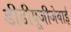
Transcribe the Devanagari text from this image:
डीडीयूजीजेवाई